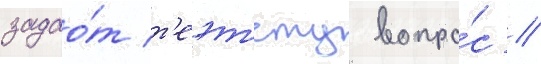
задао́т т'еэт'ету вопро́с /